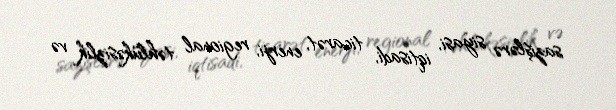
sazişlərə siyasi, iqtisadi, ticarət, enerji, regional təhlükəsizlik və